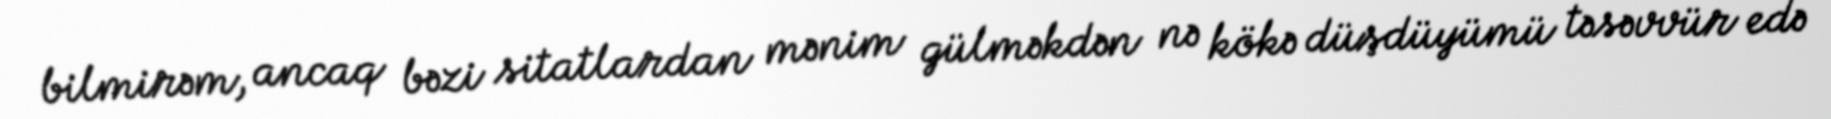
bilmirəm, ancaq bəzi sitatlardan mənim gülməkdən nə kökə düşdüyümü təsəvvür edə